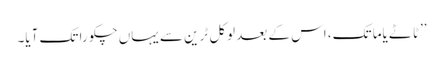
’’ٹاٹے یاما تک، اس کے بعد لوکل ٹرین سے یہاں چکورا تک آیا۔